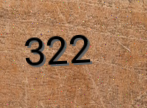
322